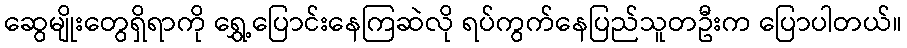
ဆွေမျိုးတွေရှိရာကို ရွှေ့ပြောင်းနေကြဆဲလို ရပ်ကွက်နေပြည်သူတဦးက ပြောပါတယ်။